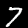
Label: 7